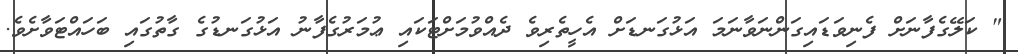
" ކަލޭގެފާނަށް ފެނިވަޑައިގަންނަވާނަމަ އަޅުގަނޑަށް އެހީތެރިވެ ދެއްވުމަށްޓަކައި ޢުމަރުގެފާނު އަޅުގަނޑުގެ ގާތުގައި ބަހައްޓަވާށެވެ.